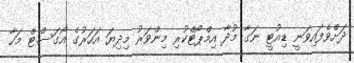
ދަށްވެފައިވަނީ ޑިއުޓީ ނަގާ މުދާ އިމްޕޯޓްކުރި މިންވަރު މިދިޔަ އަހަރުގެ އޯގަސްޓް މަހާ